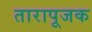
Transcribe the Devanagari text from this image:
तारापूजक